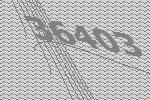
36403